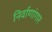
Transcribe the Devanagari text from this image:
निर्वाणांगार